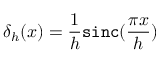
\delta _ { h } ( x ) = \frac { 1 } { h } \mathtt { s i n c } ( \frac { \pi x } { h } )